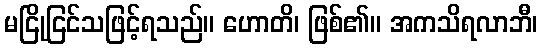
မငြိုငြင်သဖြင့်ရသည်။ ဟောတိ၊ ဖြစ်၏။ အကသိရလာဘီ၊